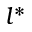
l ^ { * }